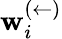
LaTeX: \mathbf{w}_{i}^{(\leftarrow)}